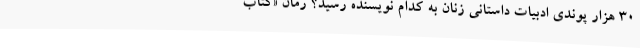
30 هزار پوندی ادبیات داستانی زنان به کدام نویسنده رسید؟ رمان «کتاب